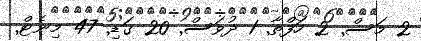
2 މަސް